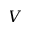
V